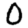
Digit: 0